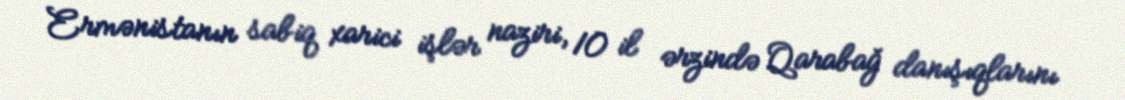
Ermənistanın sabiq xarici işlər naziri, 10 il ərzində Qarabağ danışıqlarını